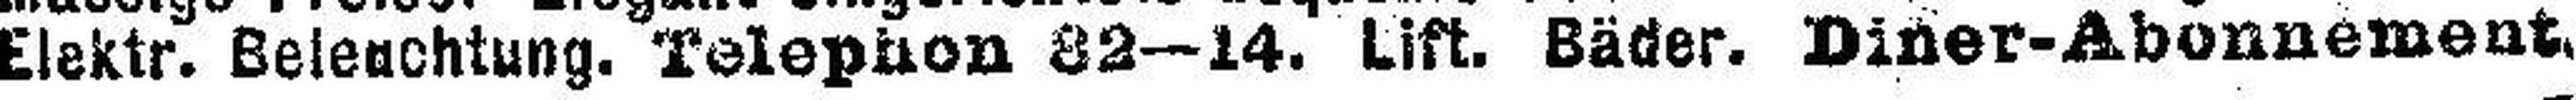
Elektr. Beleuchtung. Telephon 82—14. Lift. Bäder. Diner-Abonnement.